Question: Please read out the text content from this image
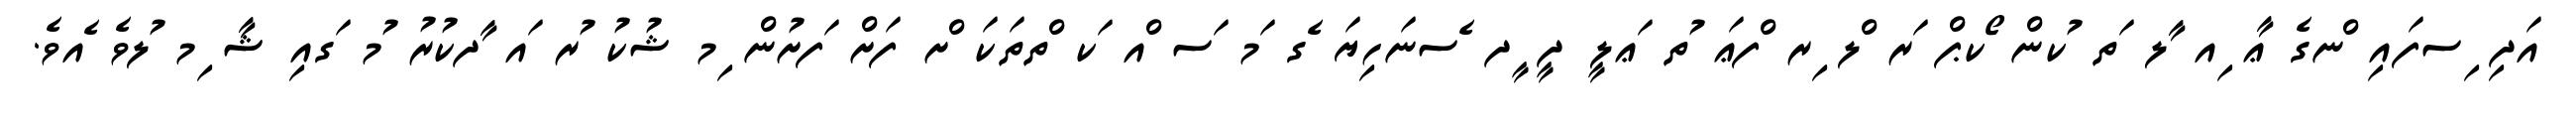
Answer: އަދި ިސފައި ްނގެ ޢާ ިއ ާލ ަތ ުކން ޯކޕް ަރ ްލ ިރ ްފޢަ ުތ ަޢލީ ދީ ީދ ެސނަހިޔަ ެގ ަމ ަސ ްއ ަކ ްތތަކަ ްށ ފަށް ަފށުން ިމ ޝުކު ުރ ައ ާދކުރު ުމ ަގއި ޝާ ިމ ުލވެ ެއވެ.